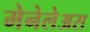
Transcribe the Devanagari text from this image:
मेनेलेअस